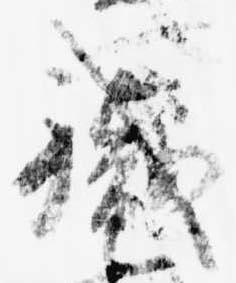
職